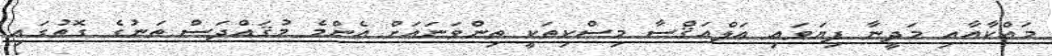
މައްކާއާއި މަދީނާ ފިޔަވައި އަލްއަޤްސާ މިސްކިތަކީ ތިންވަނައަށް އެންމެ މުޤައްދަސް ތަނުގެ ގޮތުގައި